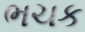
ભચક